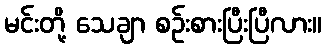
မင်းတို့ သေချာ စဉ်းစားပြီးပြီလား။